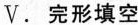
V.完形填空